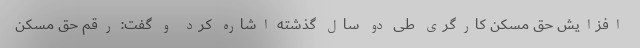
افزایش حق مسکن کارگری طی دو سال گذشته اشاره کرد و گفت: رقم حق مسکن